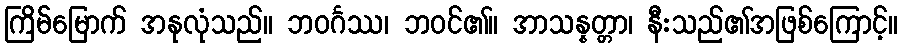
ကြိမ်မြောက် အနုလုံသည်။ ဘဝင်္ဂဿ၊ ဘဝင်၏။ အာသန္နတ္တာ၊ နီးသည်၏အဖြစ်ကြောင့်။